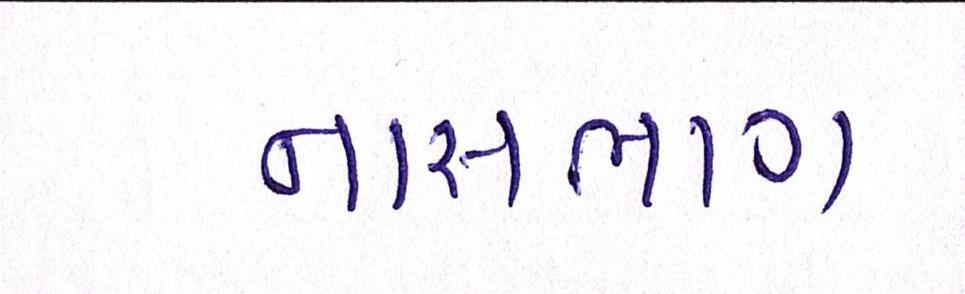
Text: નાસભાગ